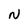
Character: N